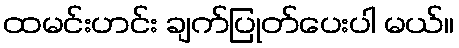
ထမင်းဟင်း ချက်ပြုတ်ပေးပါ မယ်။